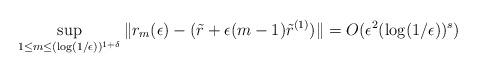
LaTeX: \begin{align*}\sup_{1\le m\le (\log(1/\epsilon))^{1+\delta}} \| r_m(\epsilon)-(\tilde{r} + \epsilon(m-1)\tilde{r}^{(1)}) \| = O(\epsilon^2(\log(1/\epsilon))^s) \end{align*}